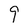
Character: 9